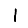
Digit: 1